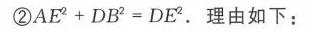
\textcircled{2}\(AE^{2}+DB^{2}=DE^{2}\). 理由如下：